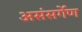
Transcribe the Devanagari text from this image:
असंसर्गेण